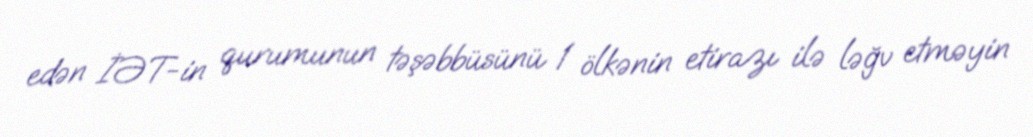
edən İƏT-in qurumunun təşəbbüsünü 1 ölkənin etirazı ilə ləğv etməyin